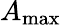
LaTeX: A_{\mathrm{max}}